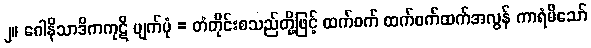
၂။ ဂေါနိသာဒိကကုဋိ ပျက်ပုံ = တံတိုင်းစသည်တို့ဖြင့် ထက်ဝက် ထက်ဝက်ထက်အလွန် ကာရံမိသော်